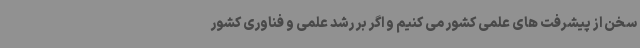
سخن از پیشرفت های علمی کشور می کنیم و اگر بر رشد علمی و فناوری کشور